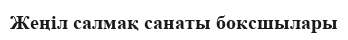
Жеңіл салмақ санаты боксшылары